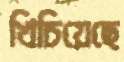
খিচিয়েছে